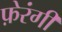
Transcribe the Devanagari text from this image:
फ़ेरंगी